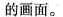
的画面。